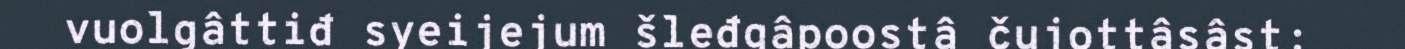
vuolgâttiđ syeijejum šleđgâpoostâ čujottâsâst: